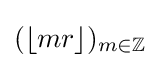
(\lfloor mr\rfloor )_{m\in \mathbb {Z} }